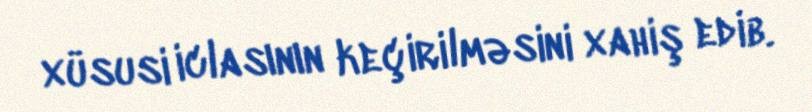
xüsusi iclasının keçirilməsini xahiş edib.